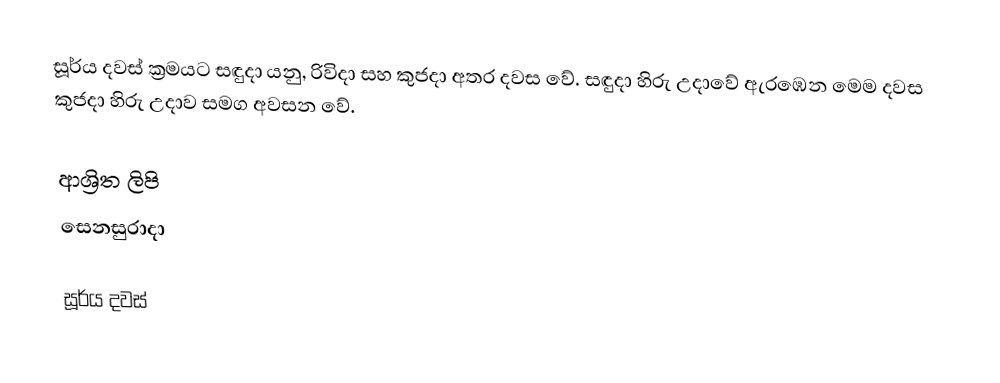
සූර්ය දවස් ක්‍රමයට සඳුදා යනු, රිවිදා සහ කුජදා අතර දවස වේ. සඳුදා හිරු උදාවේ ඇරඹෙන මෙම දවස කුජදා හිරු උදාව සමග අවසන වේ.

ආශ්‍රිත ලිපි
 සෙනසුරාදා

සූර්ය දවස්